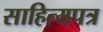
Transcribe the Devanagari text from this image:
साहित्यपत्र